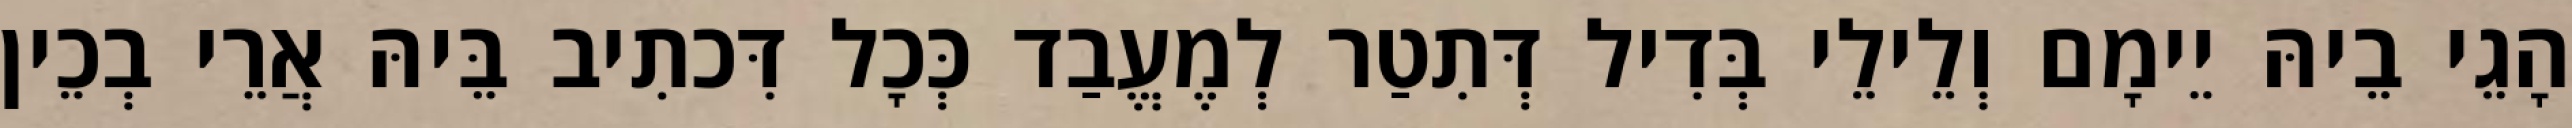
הָגֵי בֵיהּ יֵימָם וְלֵילֵי בְּדִיל דְּתִטַר לְמֶעֱבַד כְּכָל דִּכתִיב בֵּיהּ אֲרֵי בְכֵין